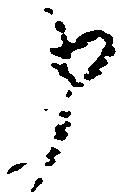
申